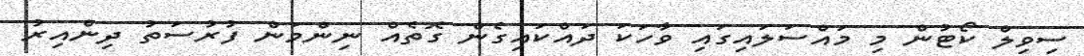
ސިވިލް ކޯޓުން މި މައްސަލައިގައި ވާހަކަ ދައްކައިގެން ގޮތެއް ނިންމަން ފުރުސަތު ދިންއިރު